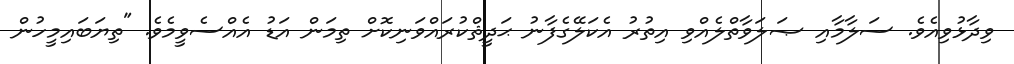
ވިދާޅުވިއެވެ. ސަލާމާއި ޞަލަވާތްލެއްވި އިތުރު އެކަލޭގެފާނު ޙަދީޘްކުރައްވަނިކޮށް ތިމަން އަޑު އެއްސެވީމެވެ. "ތިޔަބައިމީހުން